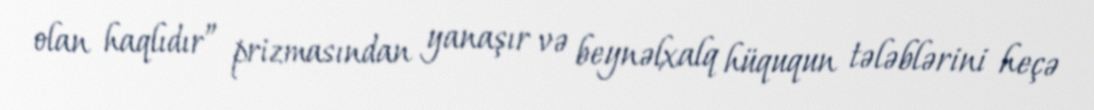
olan haqlıdır” prizmasından yanaşır və beynəlxalq hüququn tələblərini heçə